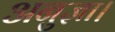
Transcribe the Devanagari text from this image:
अनुज्ञा।